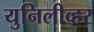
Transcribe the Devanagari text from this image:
युनिलीव्हर